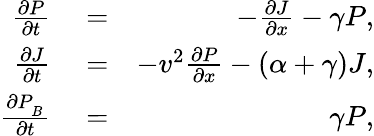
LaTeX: \begin{array}{rlr}{\frac{\partial P}{\partial t}}&{{}=}&{-\frac{\partial J}{\partial x}-\gamma P,}\\ {\frac{\partial J}{\partial t}}&{{}=}&{-v^{2}\frac{\partial P}{\partial x}-(\alpha+\gamma)J,}\\ {\frac{\partial P_{_B}}{\partial t}}&{{}=}&{\gamma P,}\end{array}